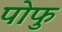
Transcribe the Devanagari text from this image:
पोफु